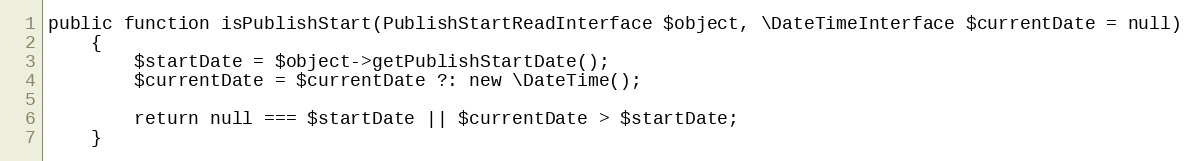
Language: PHP
public function isPublishStart(PublishStartReadInterface $object, \DateTimeInterface $currentDate = null)
    {
        $startDate = $object->getPublishStartDate();
        $currentDate = $currentDate ?: new \DateTime();

        return null === $startDate || $currentDate > $startDate;
    }